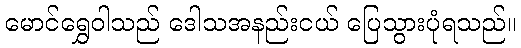
မောင်ရွှေဝါသည် ဒေါသအနည်းငယ် ပြေသွားပုံရသည်။